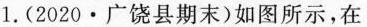
1.(2020·广饶县期末)如图所示，在